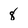
Character: 8